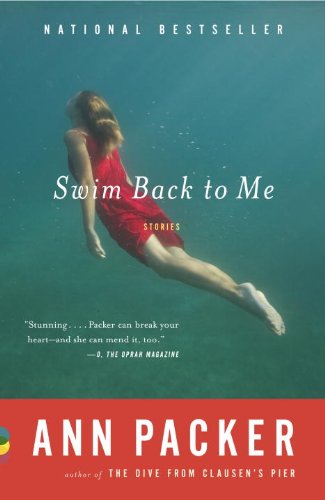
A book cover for Swim Back to Me (Vintage Contemporaries); Ann Packer; Literature & Fiction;